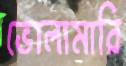
ভোলামারি